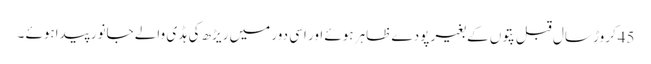
45کروڑ سال قبل پتوں کے بغیر پودے ظاہر ہوئے اور اسی دور میں ریڑھ کی ہڈ ی والے جانور پیداہوئے ۔